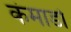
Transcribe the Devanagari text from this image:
कंमाडो